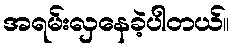
အရမ်းလှနေခဲ့ပါတယ်။